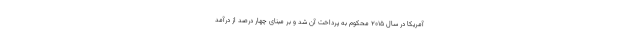
آمریکا در سال ۲۰۱۵ محکوم به پرداخت آن شد و بر مبنای چهار درصد از درآمد